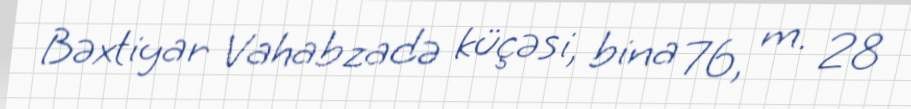
Bəxtiyar Vahabzadə küçəsi, bina 76, m. 28